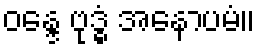
ဝန္ဒေ ဗုဒ္ဓံ အနောပမံ။